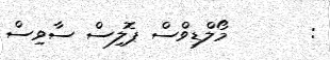
:       މޯލްޑިވްސް ޕޮލިސް ސާވިސް